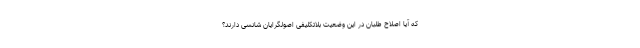
که آیا اصلاح طلبان در این وضعیت بلاتکلیفی اصولگرایان شانسی دارند؟